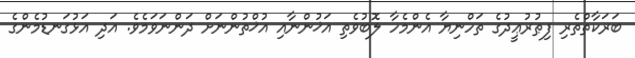
ބަރަކާތްތެރި ފިޠުރުޢީދުގެ ތަހްނިޔާ އެންމެހާ ލޮބުވެތި އަޚުންނާއި އުޚްތުންނަށް ދަންނަވަމެވެ. އަދި އަޅުގަނޑުމެންގެ